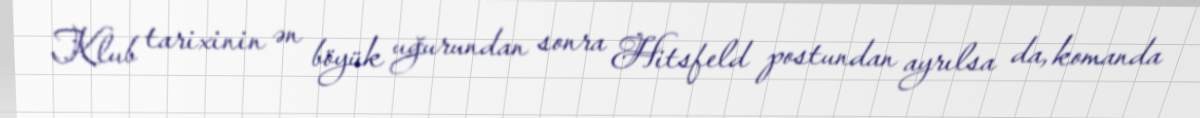
Klub tarixinin ən böyük uğurundan sonra Hitsfeld postundan ayrılsa da, komanda